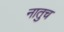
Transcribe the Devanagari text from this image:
नातुच